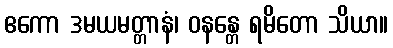
ဧကော ဒမယမတ္တာနံ၊ ဝနန္တေ ရမိတော သိယာ။